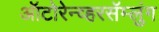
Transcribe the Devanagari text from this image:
ऑटोरेन्व्हरसॅम्लुंग